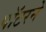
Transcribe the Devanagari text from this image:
पॉटरने